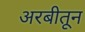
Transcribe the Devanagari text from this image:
अरबीतून